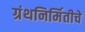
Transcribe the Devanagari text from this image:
ग्रंथनिर्मितीचे